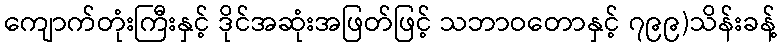
ကျောက်တုံးကြီးနှင့် ဒိုင်အဆုံးအဖြတ်ဖြင့် သဘာဝတောနှင့် ၇၉၉)သိန်းခန့်